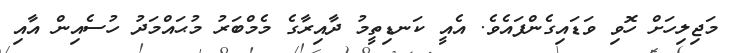
މަޖިލިހަށް ހޮވި ވަޑައިގެންފައެވެ. އެއީ ކަނޑިތީމު ދާއިރާގެ މެމްބަރު މުޙައްމަދު ހުސެއިން އާއި